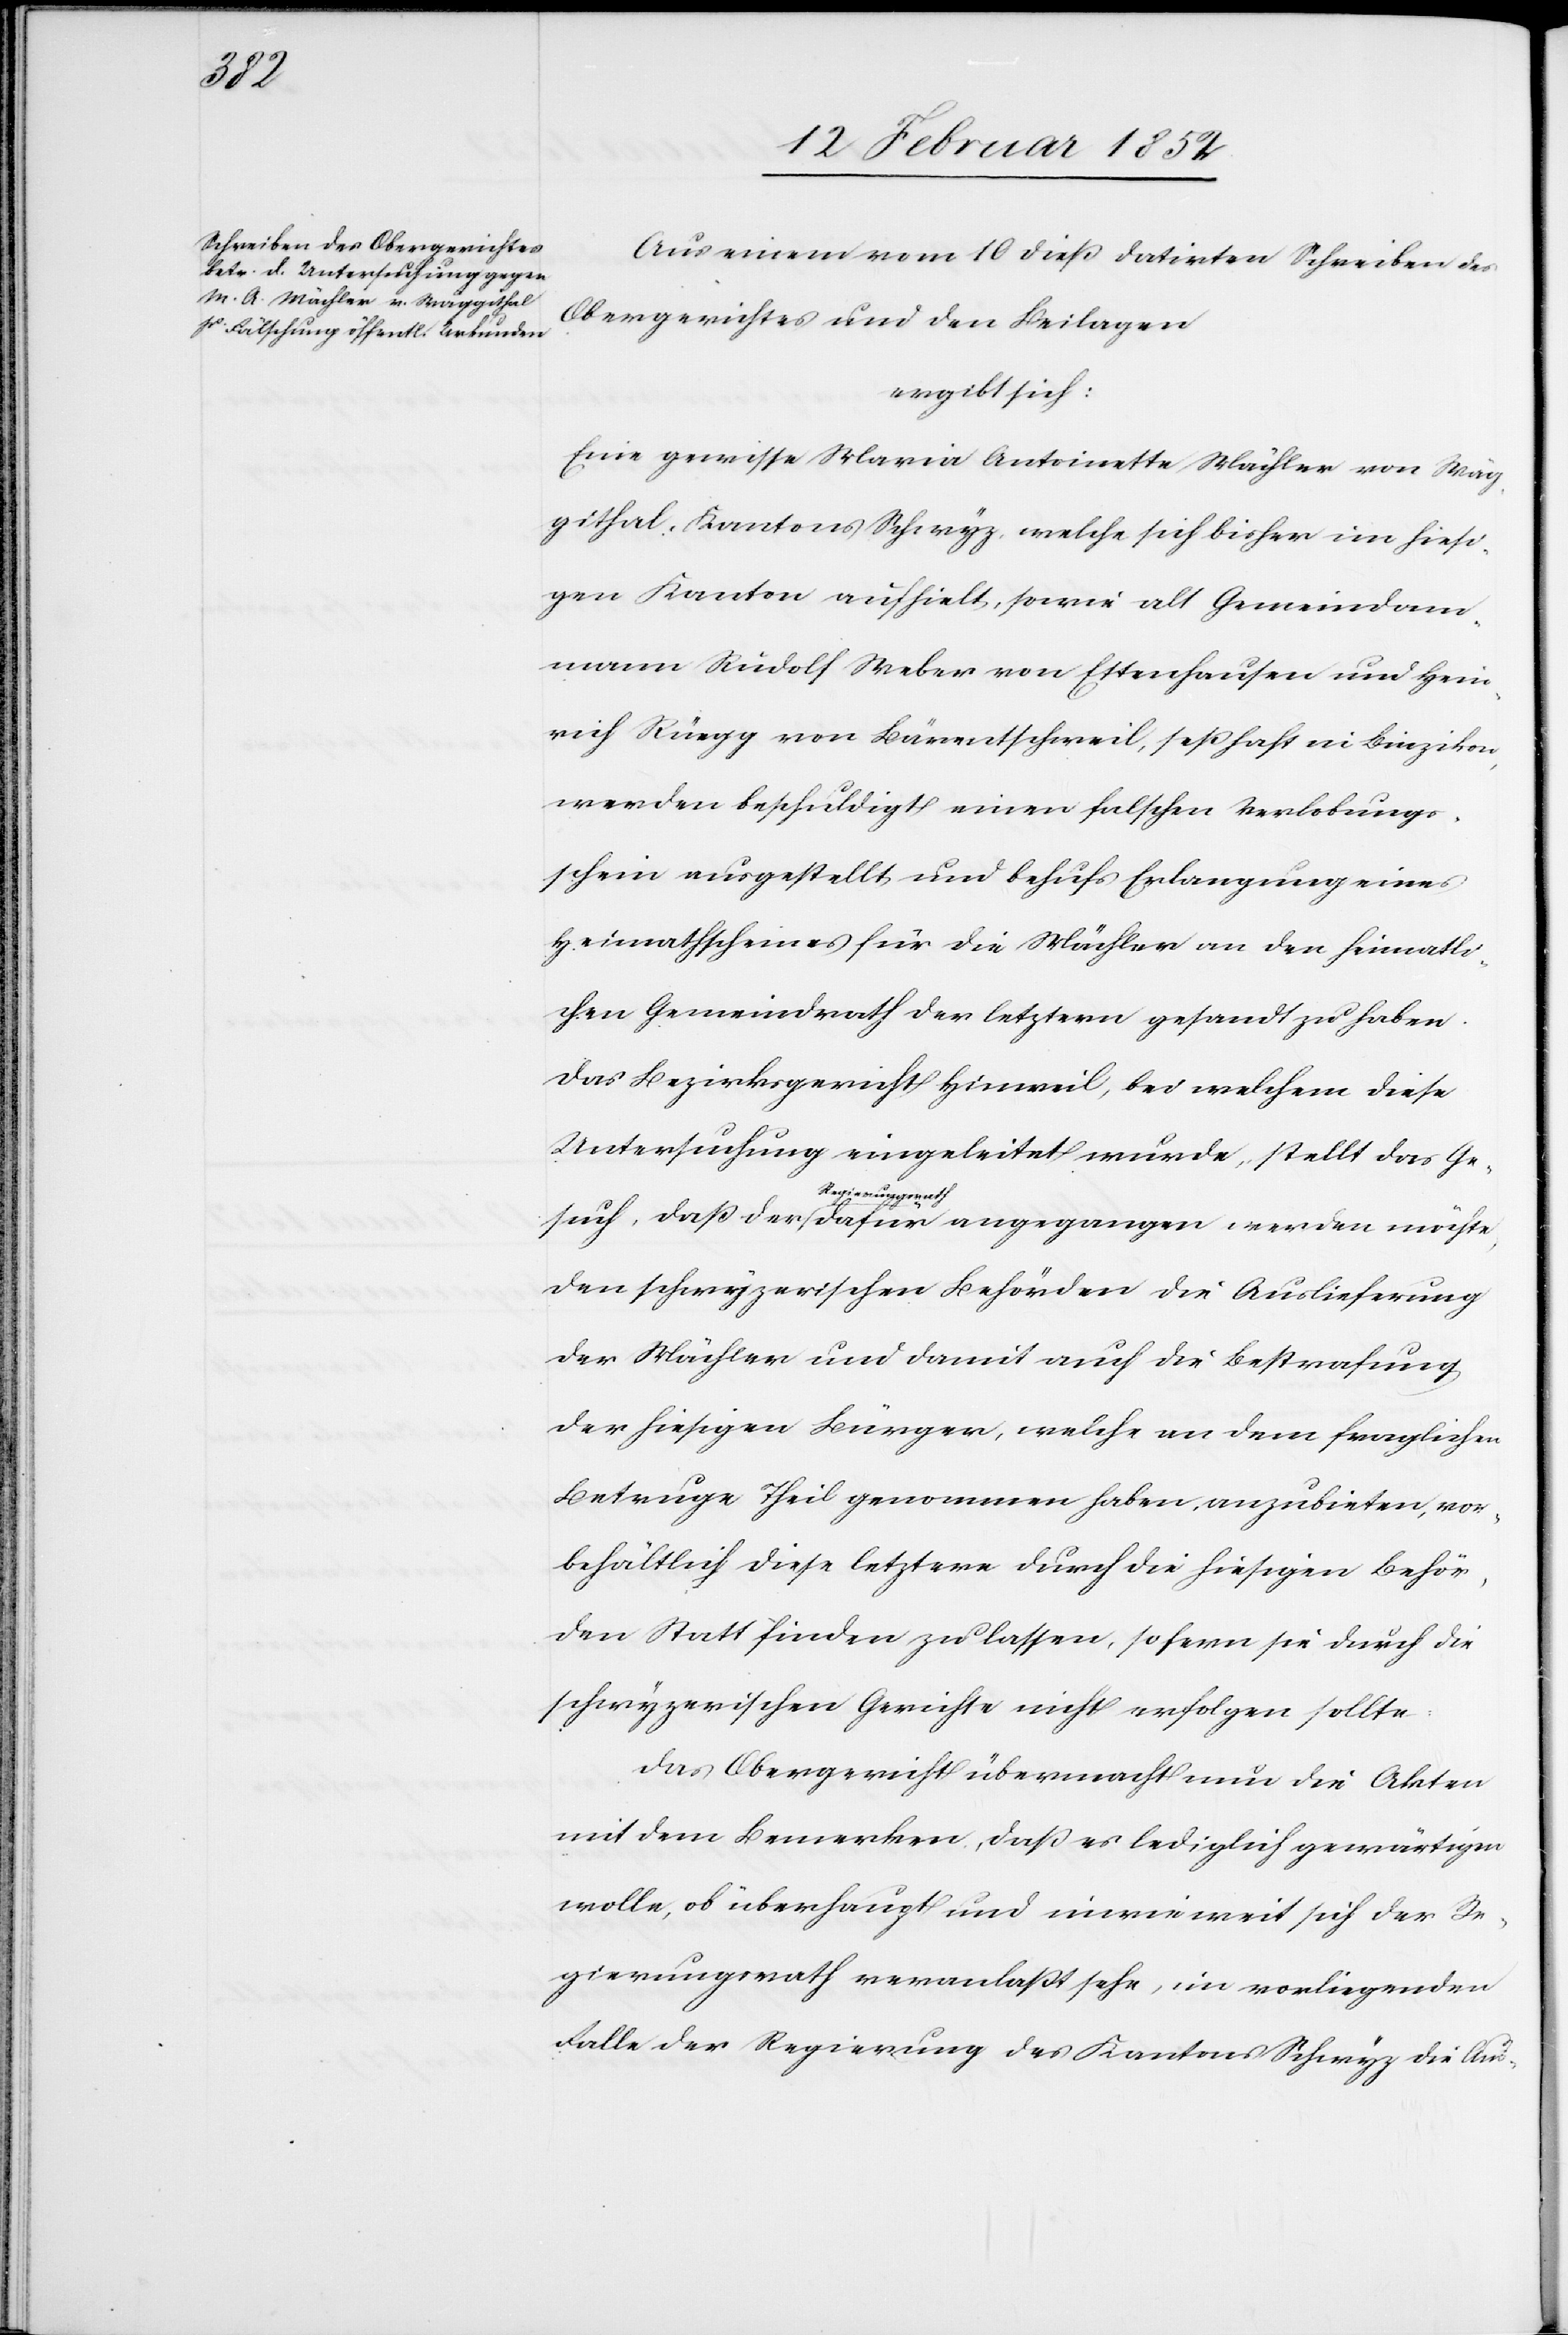
möchte,

Aus einem vom 10 dieß datirten Schreiben des
Obergerichtes und den Beilagen
ergibt sich:
Eine gewisse Maria Antoinette Mächler von Wäg¬
githal, Kantons Schwyz, welche sich bisher im hiesi¬
gen Kanton aufhielt, sowie alt Gemeindam¬
mann Rudolf Weber von Ettenhausen und Hein¬
rich Rüegg von Bärentschweil, seßhaft in Binzikon,
werden beschuldigt einen falschen Verlobungs¬
schein ausgestellt und behufs Erlangung eines
Heimathscheines für die Mächler an den heimatli¬
chen Gemeindrath der letztern gesandt zu haben.
Das Bezirksgericht Hinweil, bei welchem diese
Untersuchung eingeleitet wurde, stellt das Ge¬
Regierungsrath
den schwyzerischen Behörden die Auslieferung
der Mächler und damit auch die Bestrafung
der hiesigen Bürger, welche an dem fraglichen
Betrage Theil genommen haben, anzubieten, vor¬
behältlich diese letztere durch die hiesigen Behör¬
den Statt finden zu lassen, sofern sie durch die
schwyzerischen Gerichte nicht verfolgen sollte.
Das Obergericht übermacht nun die Akten
mit dem Bemerken, daß es lediglich gewärtigen
wolle, ob überhaupt und inwieweit sich der Re¬
gierungsrath veranlaßt sehe, im vorliegenden
Falle der Regierung des Kantons Schwyz die Aus-